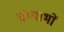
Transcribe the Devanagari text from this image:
ग्रंथ्याभों